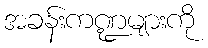
အခန်းကဏ္ဍများကို